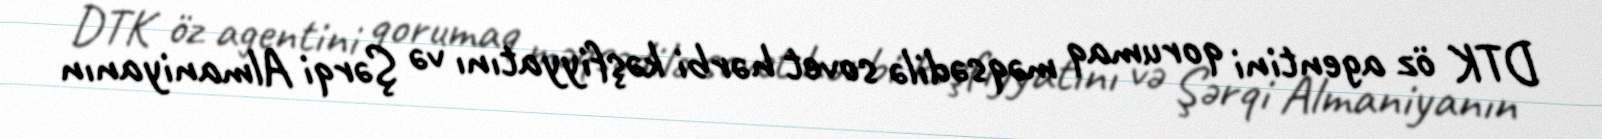
DTK öz agentini qorumaq məqsədilə sovet hərbi kəşfiyyatını və Şərqi Almaniyanın